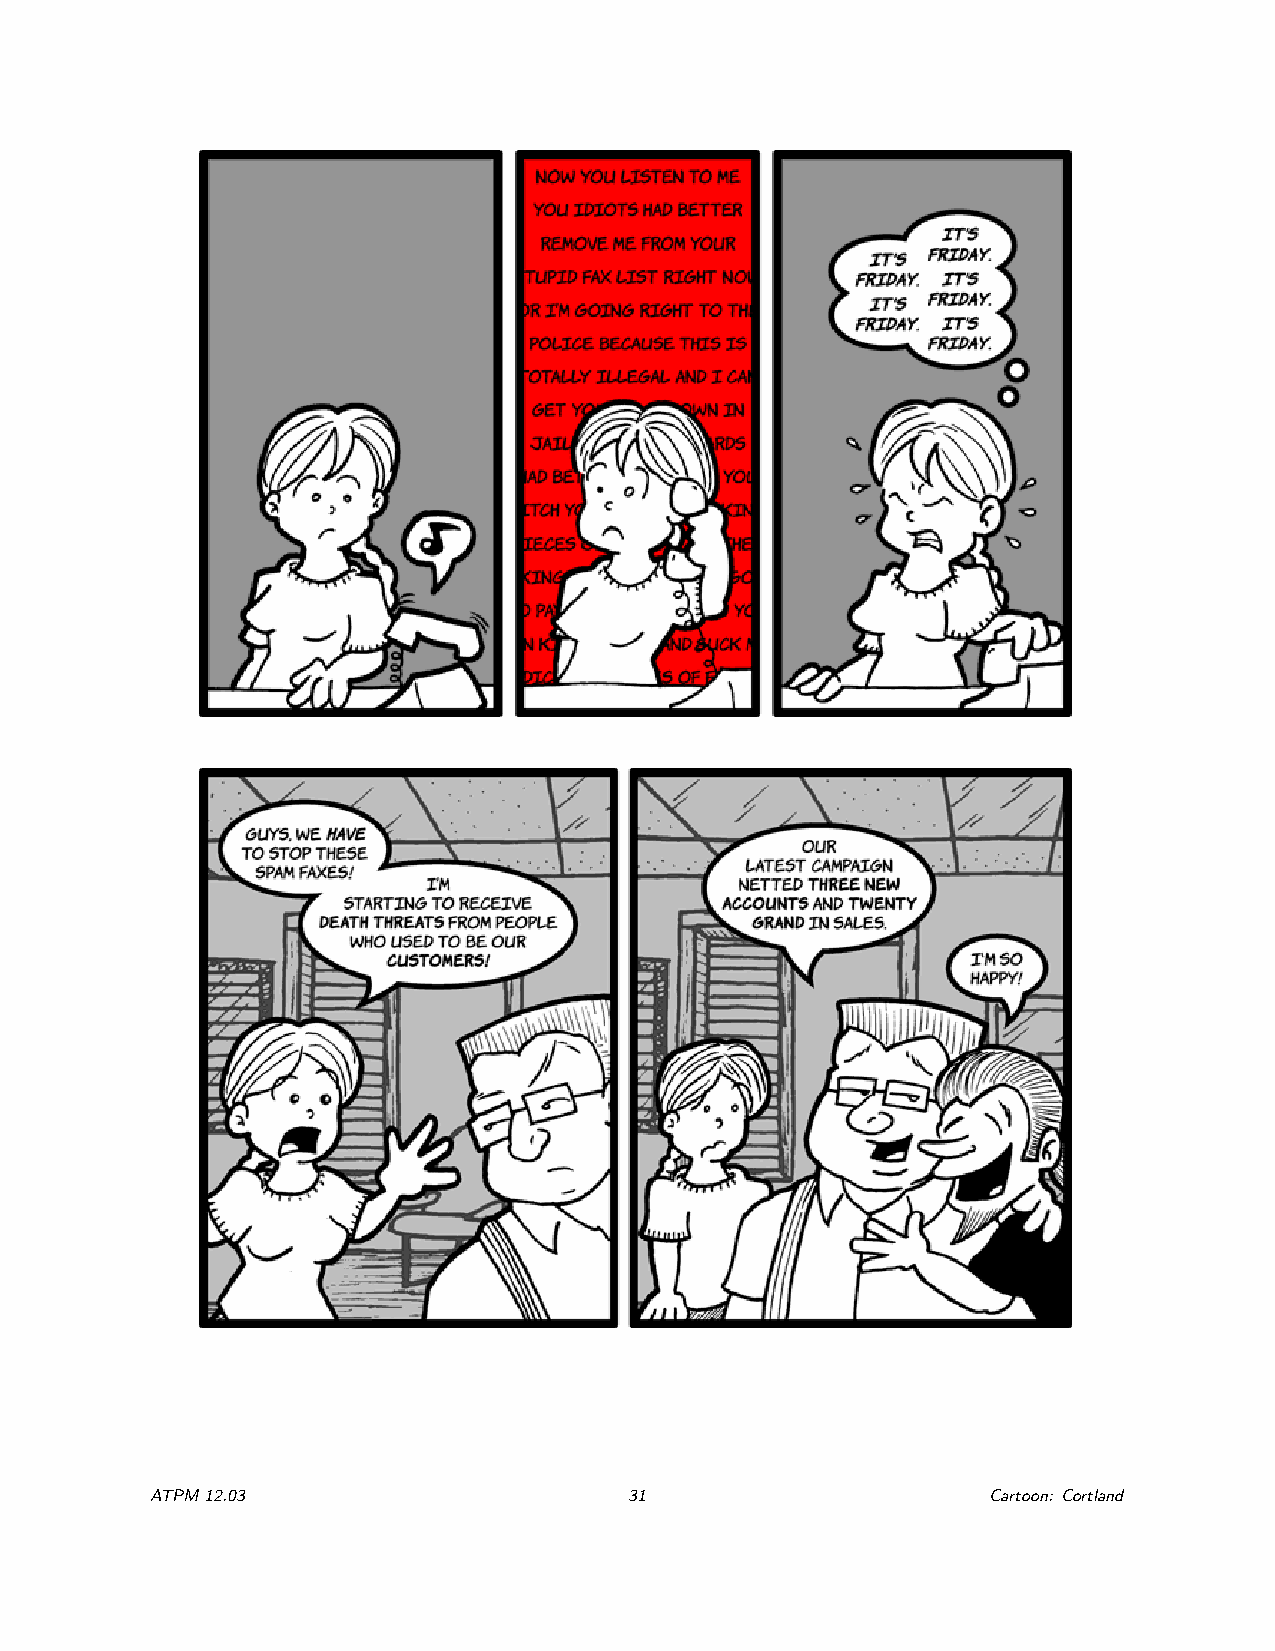
ATPM12.03                       31                     Cartoon: Cortland